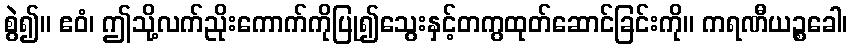
စွဲ၍။ ဧဝံ၊ ဤသို့လက်ညိုးကောက်ကိုပြု၍သွေးနှင့်တကွထုတ်ဆောင်ခြင်းကို။ ကရဏီယဉ္စခေါ၊